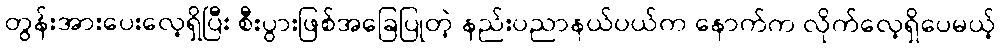
တွန်းအားပေးလေ့ရှိပြီး စီးပွားဖြစ်အခြေပြုတဲ့ နည်းပညာနယ်ပယ်က နောက်က လိုက်လေ့ရှိပေမယ့်